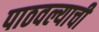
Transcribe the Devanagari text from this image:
पाठवल्याची